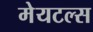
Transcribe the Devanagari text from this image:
मेयटल्स